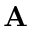
{ \bf A }